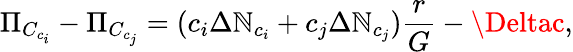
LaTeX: \Pi_{C_{c_{i}}}-\Pi_{C_{c_{j}}}=(c_{i}\Delta\mathbb{N}_{c_{i}}+c_{j}\Delta\mathbb{N}_{c_{j}})\frac{{r}}{{G}}-\Deltac,